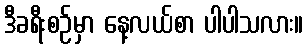
ဒီခရီးစဉ်မှာ နေ့လယ်စာ ပါပါသလား။